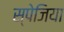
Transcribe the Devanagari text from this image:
स्पेजिया